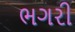
ભગરી